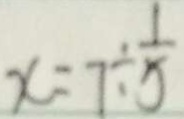
x = 7 \div \frac { 1 } { 5 }